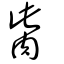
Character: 胔